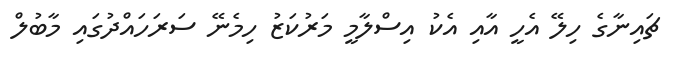
ޗައިނާގެ ހިލޭ އެހީ އާއި އެކު އިސްލާމީ މަރުކަޒު ހިމެނޭ ސަރަހައްދުގައި މާބުލް